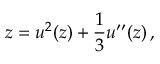
z = u ^ { 2 } ( z ) + { \frac { 1 } { 3 } } u ^ { \prime \prime } ( z ) \, ,